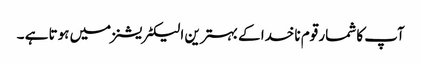
آپ کا شمار قوم ناخدا کے بہترین الیکٹریشنز میں ہوتا ہے ۔